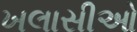
ખલાસીઓ